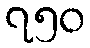
၇၅၀